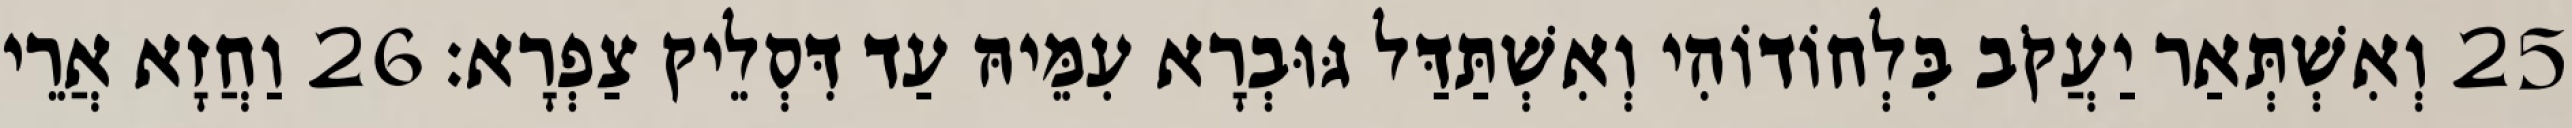
25 וְאִשְׁתְּאַר יַעֲקֹב בִּלְחוֹדוֹהִי וְאִשְׁתַּדַּל גּוּבְרָא עִמֵּיהּ עַד דִּסְלֵיק צַפְרָא׃ 26 וַחֲזָא אֲרֵי